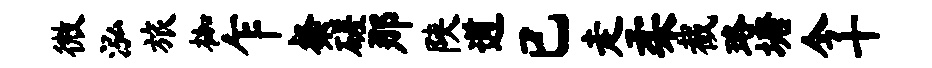
微泓旅枷乍粲磋那陕遒已走柔截珞塘今十